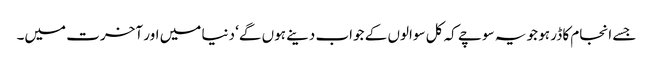
جسے انجام کا ڈر ہو جو یہ سوچے کہ کل سوالوں کے جواب دینے ہوں گے‘ دنیا میں اور آخرت میں۔